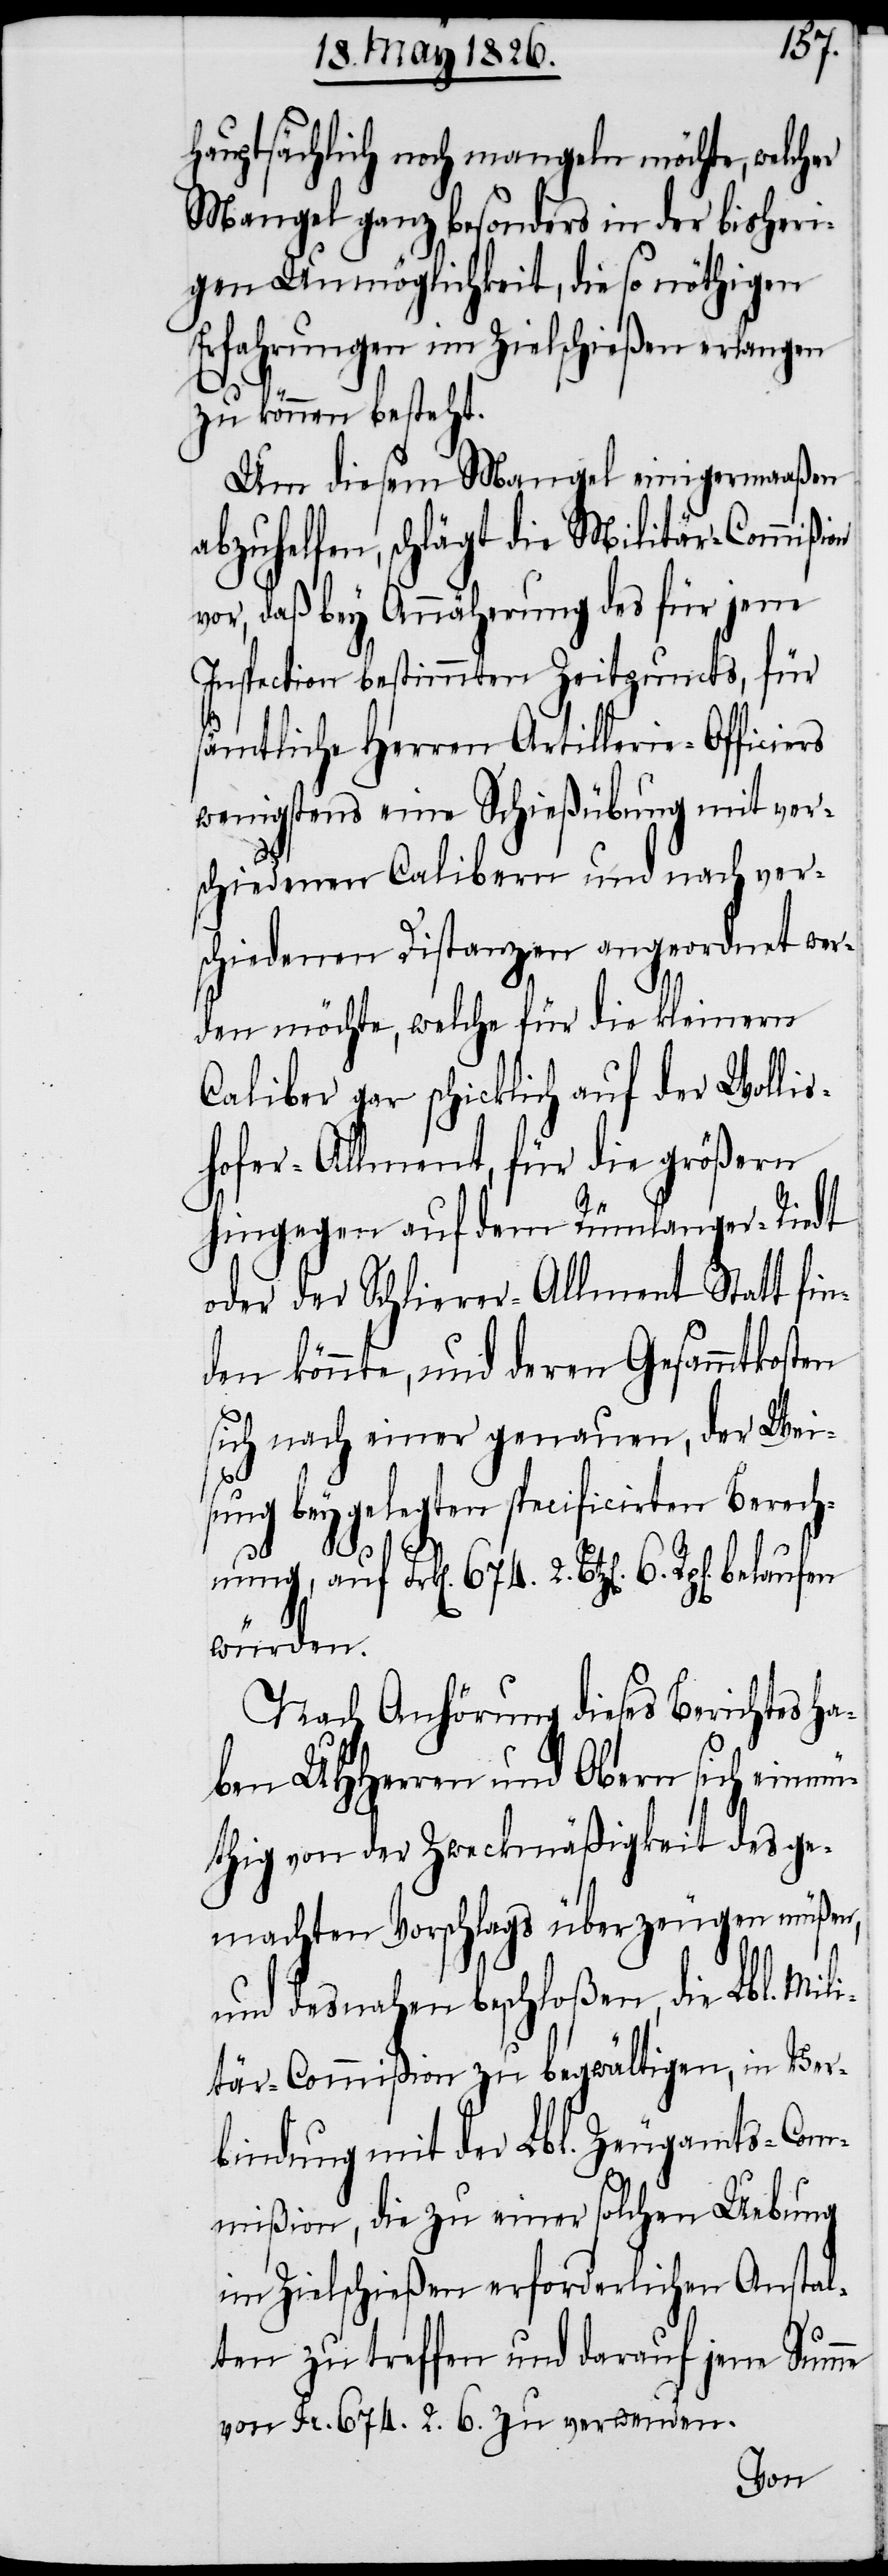
hauptsächlich noch mangeln möchte, welcher
Mangel ganz besonders in der bisheri¬
gen Unmöglichkeit, die so nöthigen
Erfahrungen im Zielschießen erlangen
zu können besteht.
Um diesem Mangel einigermaaßen
abzuhelfen, schlägt die Militär-Commißion
vor, daß bey Annäherung des für jene
Inspection bestimmten Zeitpuncts, für
sämtliche Herrn Artillerie-Officiers
wenigstens eine Schießübung mit ver¬
schiedenen Calibern und nach ver¬
schiedenen Distanzen angeordnet wer¬
den möchte, welche für die kleinern
Caliber gar schicklich auf der Wollis¬
hofer-Allment, für die größern
hingegen auf dem Rümlanger-Riedt
oder der Schlierer-Allment Statt fin¬
den könnte, und deren Gesammtkosten
sich nach einer genauen, der Wei¬
sung beygelegten specificirten Berech¬
auf
würden.
Nach Anhörung dieses Berichtes ha¬
ben UHHerren und Obern sich einmü¬
thig von der Zweckmäßigkeit des ge¬
machten Vorschlags überzeugen müßen,
und desnahen beschloßen, die Lbl. Mili¬
tär-Commißion zu begwältigen, in Ver¬
bindung mit der Lbl. Zeugamts-Com¬
mißion, die zu einer solchen Uebung
im Zielschießen erforderlichen Anstal¬
ten zu treffen und darauf jene Summe
von Frk[en]. 674. 2. 6. zu verwenden.